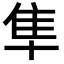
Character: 隼